Report of the Indian Hemp Drugs Commission, 1894-1895 - Volume IV
Year: 1894
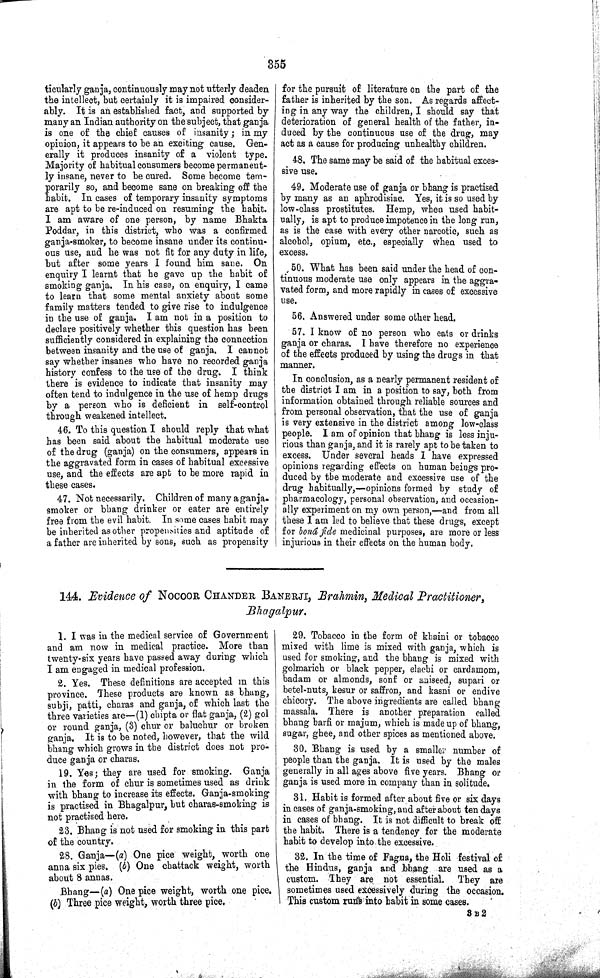
355
ticularly ganja, continuously may not utterly deaden
the intellect, but certainly it is impaired consider-
ably. It is an established fact, and supported by
many an Indian authority on the subject, that ganja
is one of the chief causes of insanity; in my
opinion, it appears to be an exciting cause. Gen-
erally it produces insanity of a violent type.
Majority of habitual consumers become permanent-
ly insane, never to be cured. Some become tem-
porarily so, and become sane on breaking off the
habit. In cases of temporary insanity symptoms
are apt to be re-induced on resuming the habit.
I am aware of one person, by name Bhakta
Poddar, in this district, who was a confirmed
ganja-smoker, to become insane under its continu-
ous use, and he was not fit for any duty in life,
but after some years I found him sane. On
enquiry I learnt that he gave up the habit of
smoking ganja. In his case, on enquiry, I came
to learn that some mental anxiety about some
family matters tended to give rise to indulgence
in the use of ganja. I am not in a position to
declare positively whether this question has been
sufficiently considered in explaining the connection
between insanity and the use of ganja. I cannot
say whether insanes who have no recorded ganja
history confess to the use of the drug. I think
there is evidence to indicate that insanity may
often tend to indulgence in the use of hemp drugs
by a person who is deficient in self-control
through weakened intellect.
46. To this question I should reply that what
has been said about the habitual moderate use
of the drug (ganja) on the consumers, appears in
the aggravated form in cases of habitual excessive
use, and the effects are apt to be more rapid in
these cases.
47. Not necessarily. Children of many a ganja-
smoker or bhang drinker or eater are entirely
free from the evil habit. In some cases habit may
be inherited as other propensities and aptitude of
a father are inherited by sons, such as propensity
for the pursuit of literature on the part of the
father is inherited by the son. As regards affect-
ing in any way the children, I should say that
deterioration of general health of the father, in-
duced by the continuous use of the drug, may
act as a cause for producing unhealthy children.
48. The same may be said of the habitual exces-
sive use.
49. Moderate use of ganja or bhang is practised
by many as an aphrodisiac. Yes, it is so used by
low-class prostitutes. Hemp, when used habit-
ually, is apt to produce impotence in the long run,
as is the case with every other narcotic, such as
alcohol, opium, etc., especially when used to
excess.
50. What has been said under the head of con-
tinuous moderate use only appears in the aggra-
vated form, and more rapidly in cases of excessive
use.
56. Answered under some other head.
57. I know of no person who eats or drinks
ganja or charas. I have therefore no experience
of the effects produced by using the drugs in that
manner.
In conclusion, as a nearly permanent resident of
the district I am in a position to say, both from
information obtained through reliable sources and
from personal observation, that the use of ganja
is very extensive in the district among low-class
people. I am of opinion that bhang is less inju-
rious than ganja, and it is rarely apt to be taken to
excess. Under several heads I have expressed
opinions regarding effects on human beings pro-
duced by the moderate and excessive use of the
drug habitually,—opinions formed by study of
pharmacology, personal observation, and occasion-
ally experiment on my own person,—and from all
these I am led to believe that these drugs, except
for boná fide medicinal purposes, are more or less
injurious in their effects on the human body.
144. Evidence of NOCOOR CHANDER BANERJI, Brahmin, Medical Practitioner,
Bhagalpur.
1. I was in the medical service of Government
and am now in medical practice. More than
twenty-six years have passed away during which
I am engaged in medical profession.
2. Yes. These definitions are accepted in this
province. These products are known as bhang,
subji, patti, charas and ganja, of which last the
three varieties are—(1) chipta or flat ganja, (2) gol
or round ganja, (3) chur or baluchur or broken
ganja. It is to be noted, however, that the wild
bhang which grows in the district does not pro-
duce ganja or charas.
19. Yes; they are used for smoking. Ganja
in the form of chur is sometimes used as drink
with bhang to increase its effects. Ganja-smoking
is practised in Bhagalpur, but charas-smoking is
not practised here.
23. Bhang is not used for smoking in this part
of the country.
28. Ganja—(a) One pice weight, worth one
anna six pies. (b) One chattack weight, worth
about 8 annas.
Bhang—(a) One pice weight, worth one pice.
(b) Three pice weight, worth three pice.
29. Tobacco in the form of khaini or tobacco
mixed with lime is mixed with ganja, which is
used for smoking, and the bhang is mixed with
golmarich or black pepper, elachi or cardamom,
badam or almonds, sonf or aniseed, supari or
betel-nuts, kesur or saffron, and kasni or endive
chicory. The above ingredients are called bhang
massala. There is another preparation called
bhang barfi or majum, which is made up of bhang,
sugar, ghee, and other spices as mentioned above.
30. Bhang is used by a smaller number of
people than the ganja. It is used by the males
generally in all ages above five years. Bhang or
ganja is used more in company than in solitude.
31. Habit is formed after about five or six days
in cases of ganja-smoking, and after about ten days
in cases of bhang. It is not difficult to break off
the habit. There is a tendency for the moderate
habit to develop into the excessive.
32. In the time of Fagua, the Holi festival of
the Hindus, ganja and bhang are used as a
custom. They are not essential. They are
sometimes used excessively during the occasion.
This custom runs into habit in some cases.
3 B 2